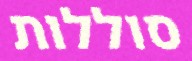
סוללות